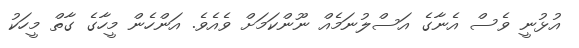
އުޅުނީ ވެސް އެނާގެ އަސްލުނަމެއް ނޫންކަމަށް ވެއެވެ. އަންހެން މީހާގެ ގާތް މީހަކު